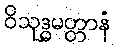
ဝိသုဒ္ဓမတ္တာနံ